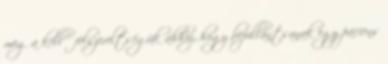
meg a kellő felszereltségük ahhoz, hogy bepillantsanak egy páciens